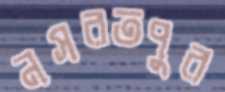
নসরতপুর